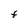
Character: F